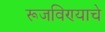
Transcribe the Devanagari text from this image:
रूजविण्याचे